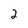
Character: 2